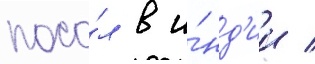
посо́л в и́нд'ии /